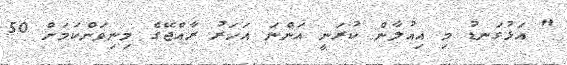
" އަޅުގަނޑު މި އިއުލާން ކުރަނީ އަންނަ އަހަރު ރާއްޖޭގެ މިނިވަންކަމަށް 50